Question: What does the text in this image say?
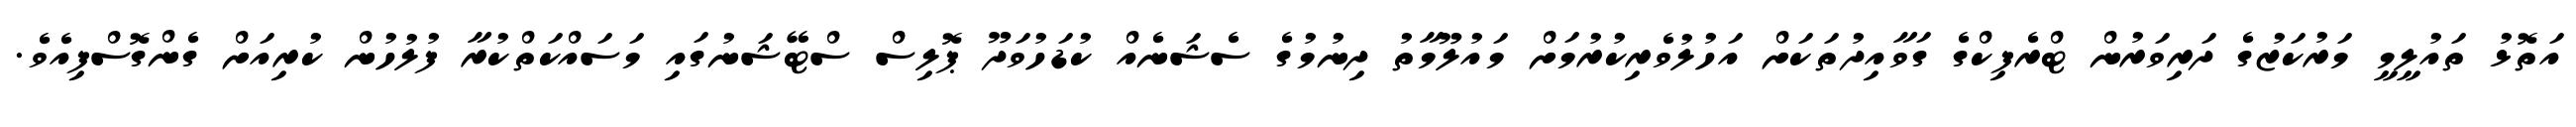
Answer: އަތޮޅު ތައުލީމީ މަރުކަޒުގެ ދަރިވަރުން ޓްރެފިކްގެ ގަވާއިދުތަކަށް އަހުލުވެރިކުރުމަށް މައުލޫމާތު ދިނުމުގެ ސެޝަނެއް ކުޑަހުވަދޫ ޕޮލިސް ސްޓޭޝަނުގައި މަސައްކަތްކުރާ ފުލުހުން ކުރިއަށް ގެންގޮސްފިއެވެ.